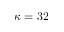
\kappa = 3 2